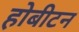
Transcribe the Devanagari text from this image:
होबीटन